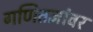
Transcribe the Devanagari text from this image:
गणितज्ञांवर